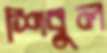
শিবুল